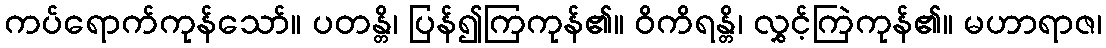
ကပ်ရောက်ကုန်သော်။ ပတန္တိ၊ ပြန်၍ကြကုန်၏။ ဝိကိရန္တိ၊ လွှင့်ကြဲကုန်၏။ မဟာရာဇ၊